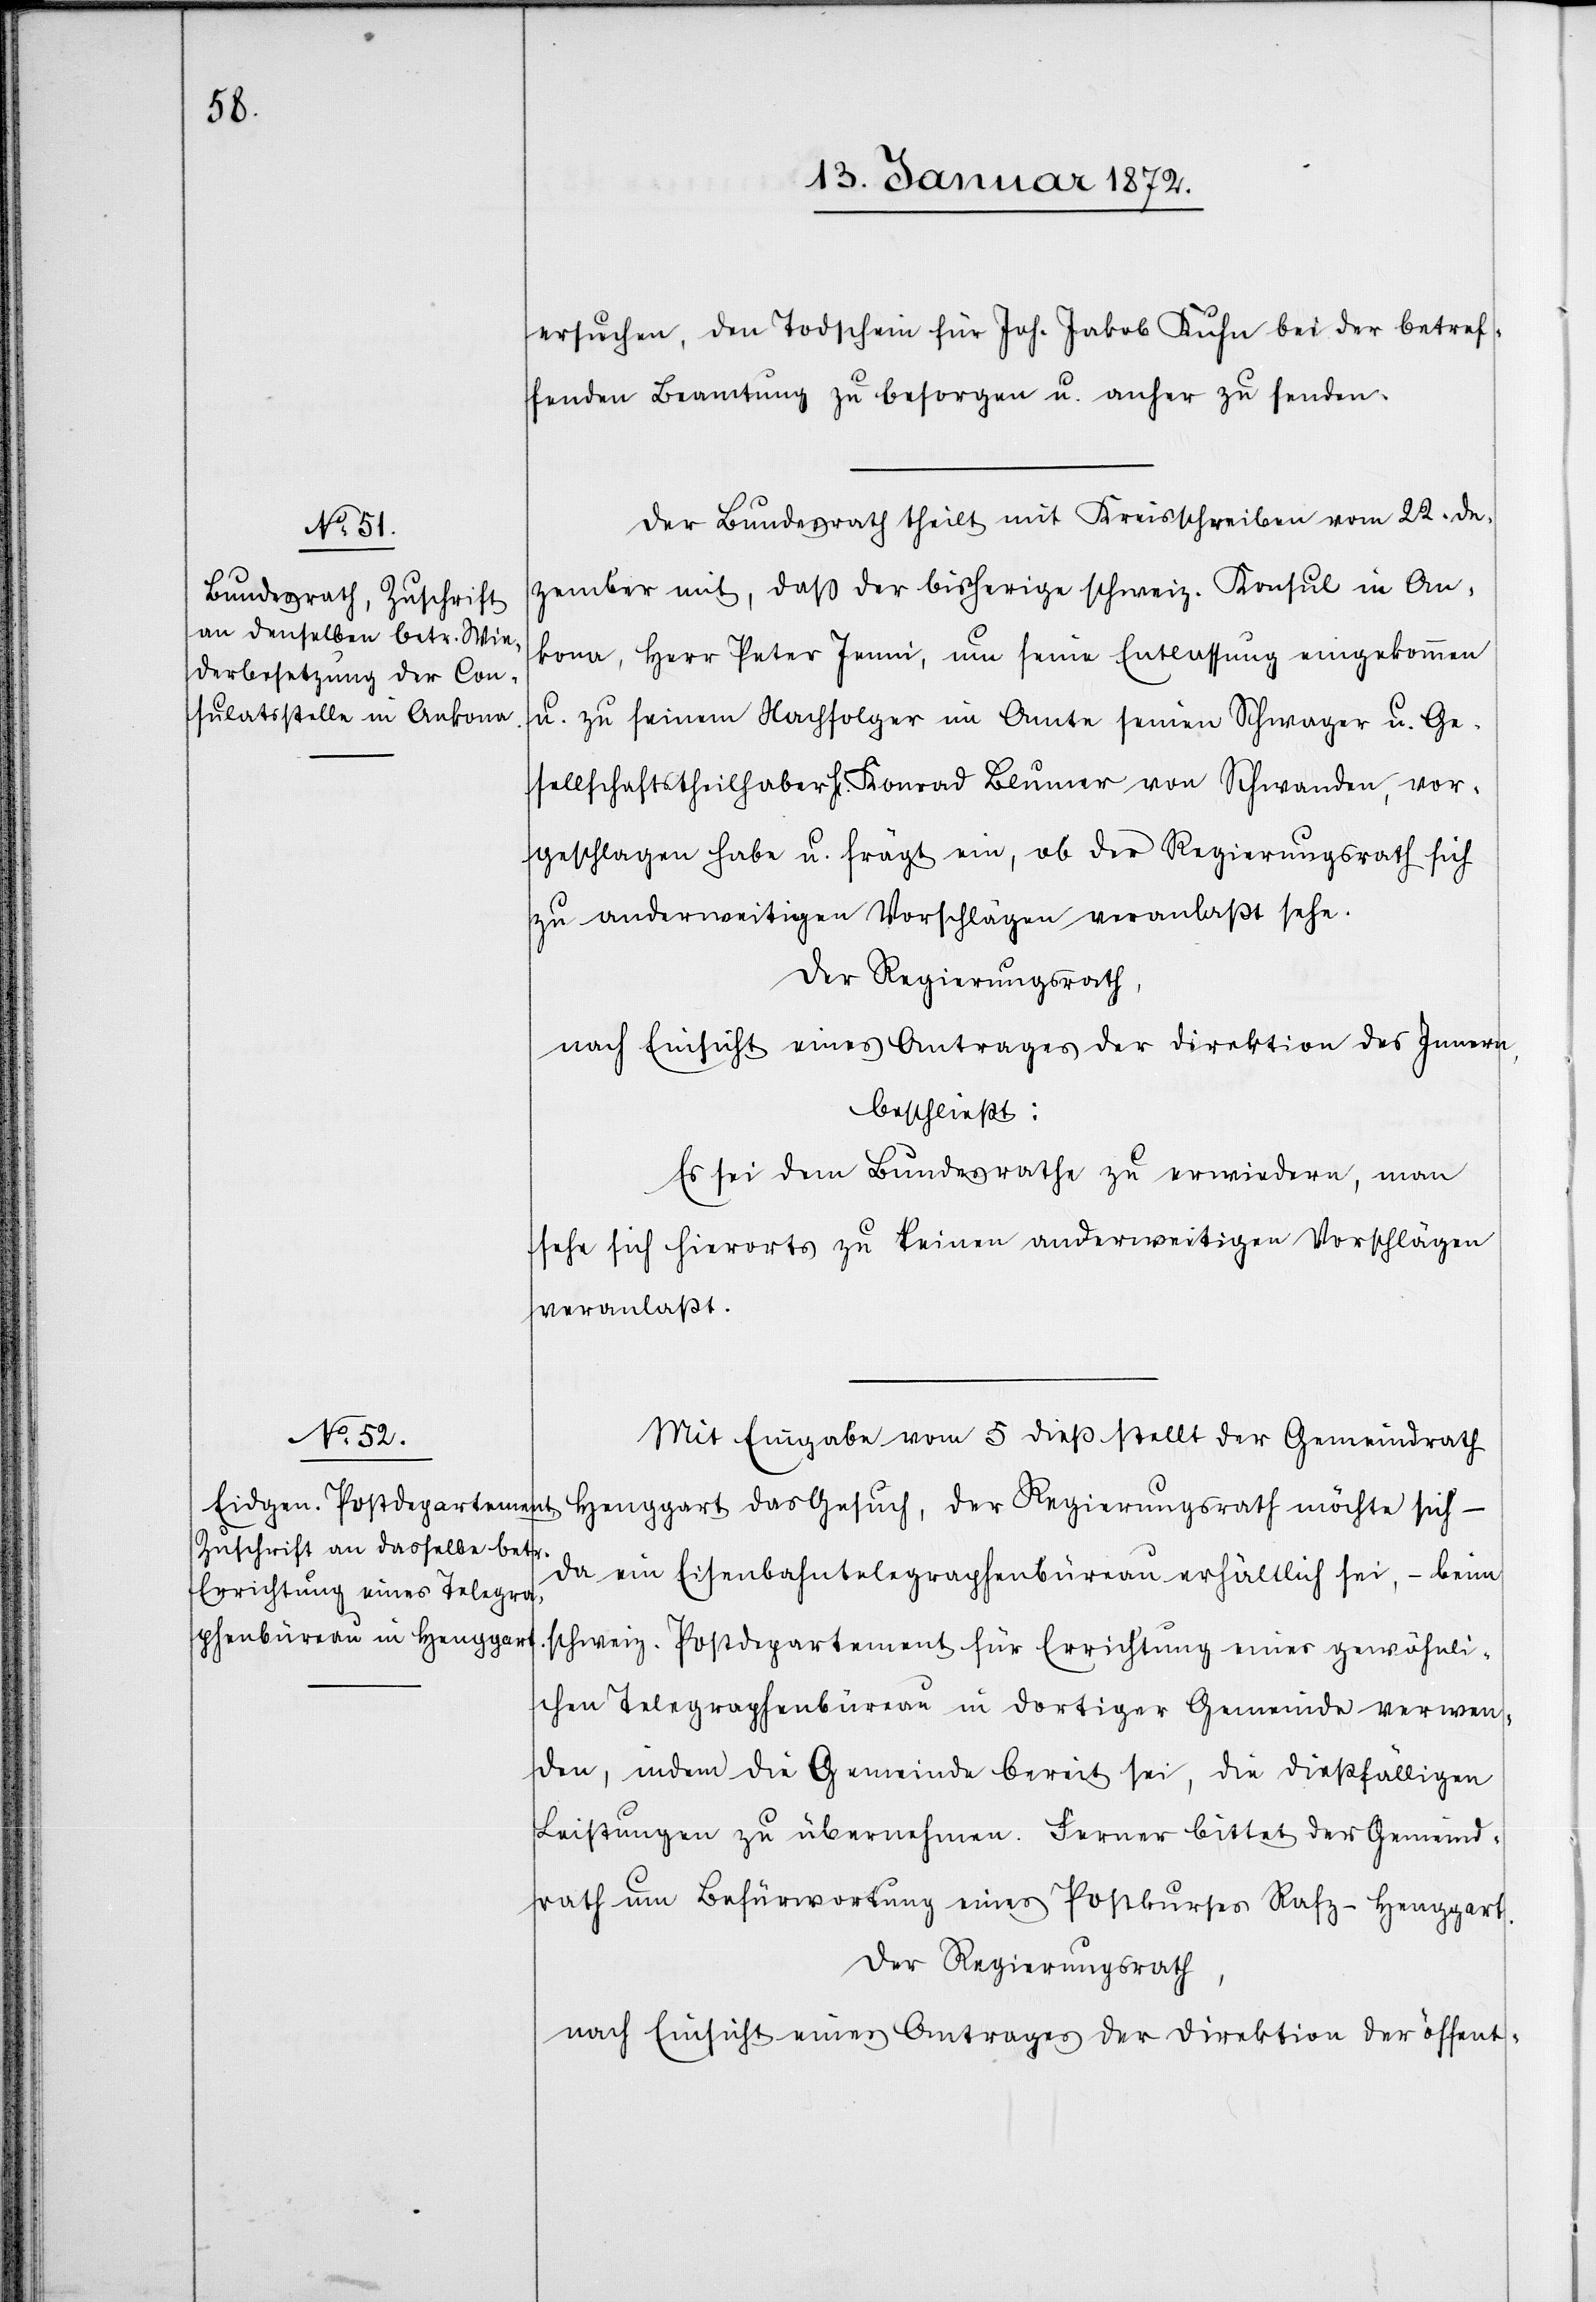
ersuchen [sic!], den Todschein für Joh. Jakob Kuhn bei der betref¬
fenden Beamtung zu besorgen u. anher zu senden.
Der Bundesrath theilt mit Kreisschreiben vom 22. De¬
zember mit, daß der bisherige schweiz. Konsul in An¬
kona, Herr Peter Jenni, um seine Entlassung eingekommen
u. zu seinem Nachfolger im Amte seinen Schwager u. Ge¬
sellschaftstheilhaber. H. Konrad Blumer von Schwanden, vor¬
geschlagen habe u. frägt ein, ob der Regierungsrath sich
zu anderweitigen Vorschlägen veranlaßt sehe.
Der Regierungsrath,
nach Einsicht eines Antrages der Direktion des Innern,
beschließt:
Es sei dem Bundesrathe zu erwiedern, man
sehe sich hierorts zu keinen anderweitigen Vorschlägen
veranlaßt.
Mit Eingabe vom 5 dieß stellt der Gemeindrath
Henggart das Gesuch, der Regierungsrath möchte sich
da ein Eisenbahntelegraphenbüreau erhältlich sei, – beim
schweiz. Postdepartement für Errichtung eines gewöhnli¬
chen Telegraphenbüreau in dortiger Gemeinde verwen¬
den, indem die Gemeinde bereit sei, die dießfälligen
Leistungen zu übernehmen. Ferner bittet der Gemeind¬
rath um Befürwortung eines Postkurses Rafz–Henggart.
Der Regierungsrath,
nach Einsicht eines Antrages der Direktion der öffent–